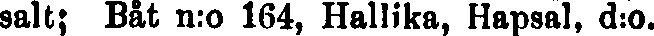
salt; Båt n:o 164, Hallika, Hapsal, d:o.